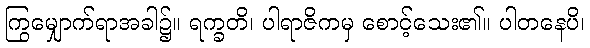
ကြွမျှောက်ရာအခါ၌။ ရက္ခတိ၊ ပါရာဇိကမှ စောင့်သေး၏။ ပါတနေပိ၊